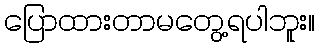
ပြောထားတာမတွေ့ရပါဘူး။